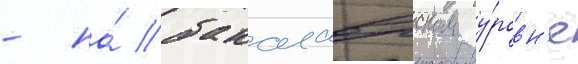
- на́ бакалаврском у́ровн'е